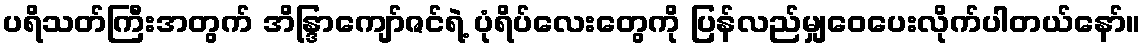
ပရိသတ်ကြီးအတွက် အိန္ဒြာကျော်ဇင်ရဲ့ ပုံရိပ်လေးတွေကို ပြန်လည်မျှဝေပေးလိုက်ပါတယ်နော်။